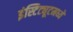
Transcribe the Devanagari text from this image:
इंस्टिट्यूटमध्ये